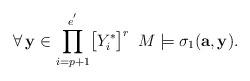
LaTeX: \begin{align*}\forall\,\mathbf{y}\in\displaystyle{\prod_{i=p+1}^{e^{'}}}\big{[}Y_i^*\big{]}^r\,\,\,M\models\sigma_1(\mathbf{a},\mathbf{y}).\end{align*}